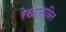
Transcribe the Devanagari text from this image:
रेखान्वित